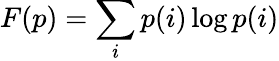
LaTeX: F(p)=\sum_{i}p(i)\log p(i)